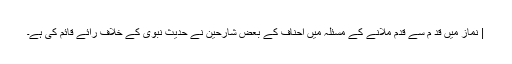
| نماز میں قد م سے قدم ملانے کے مسئلہ میں احناف کے بعض شارحین نے حدیث نبوی کے خلاف رائے قائم کی ہے۔